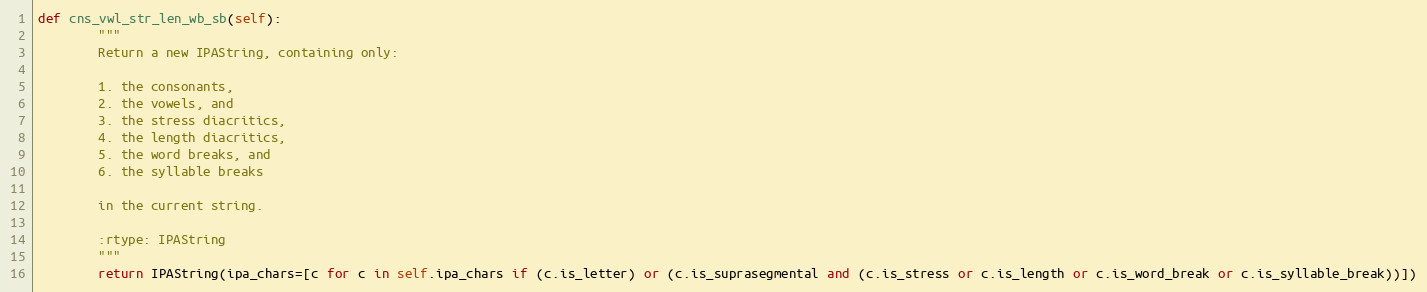
Language: Python
def cns_vwl_str_len_wb_sb(self):
        """
        Return a new IPAString, containing only:

        1. the consonants,
        2. the vowels, and
        3. the stress diacritics,
        4. the length diacritics,
        5. the word breaks, and
        6. the syllable breaks

        in the current string.

        :rtype: IPAString
        """
        return IPAString(ipa_chars=[c for c in self.ipa_chars if (c.is_letter) or (c.is_suprasegmental and (c.is_stress or c.is_length or c.is_word_break or c.is_syllable_break))])